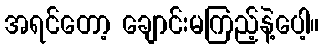
အရင်တော့ ချောင်းမကြည့်နဲ့ပေါ့။